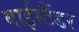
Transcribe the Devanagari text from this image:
बाईस्टैंडर